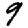
Digit: 9